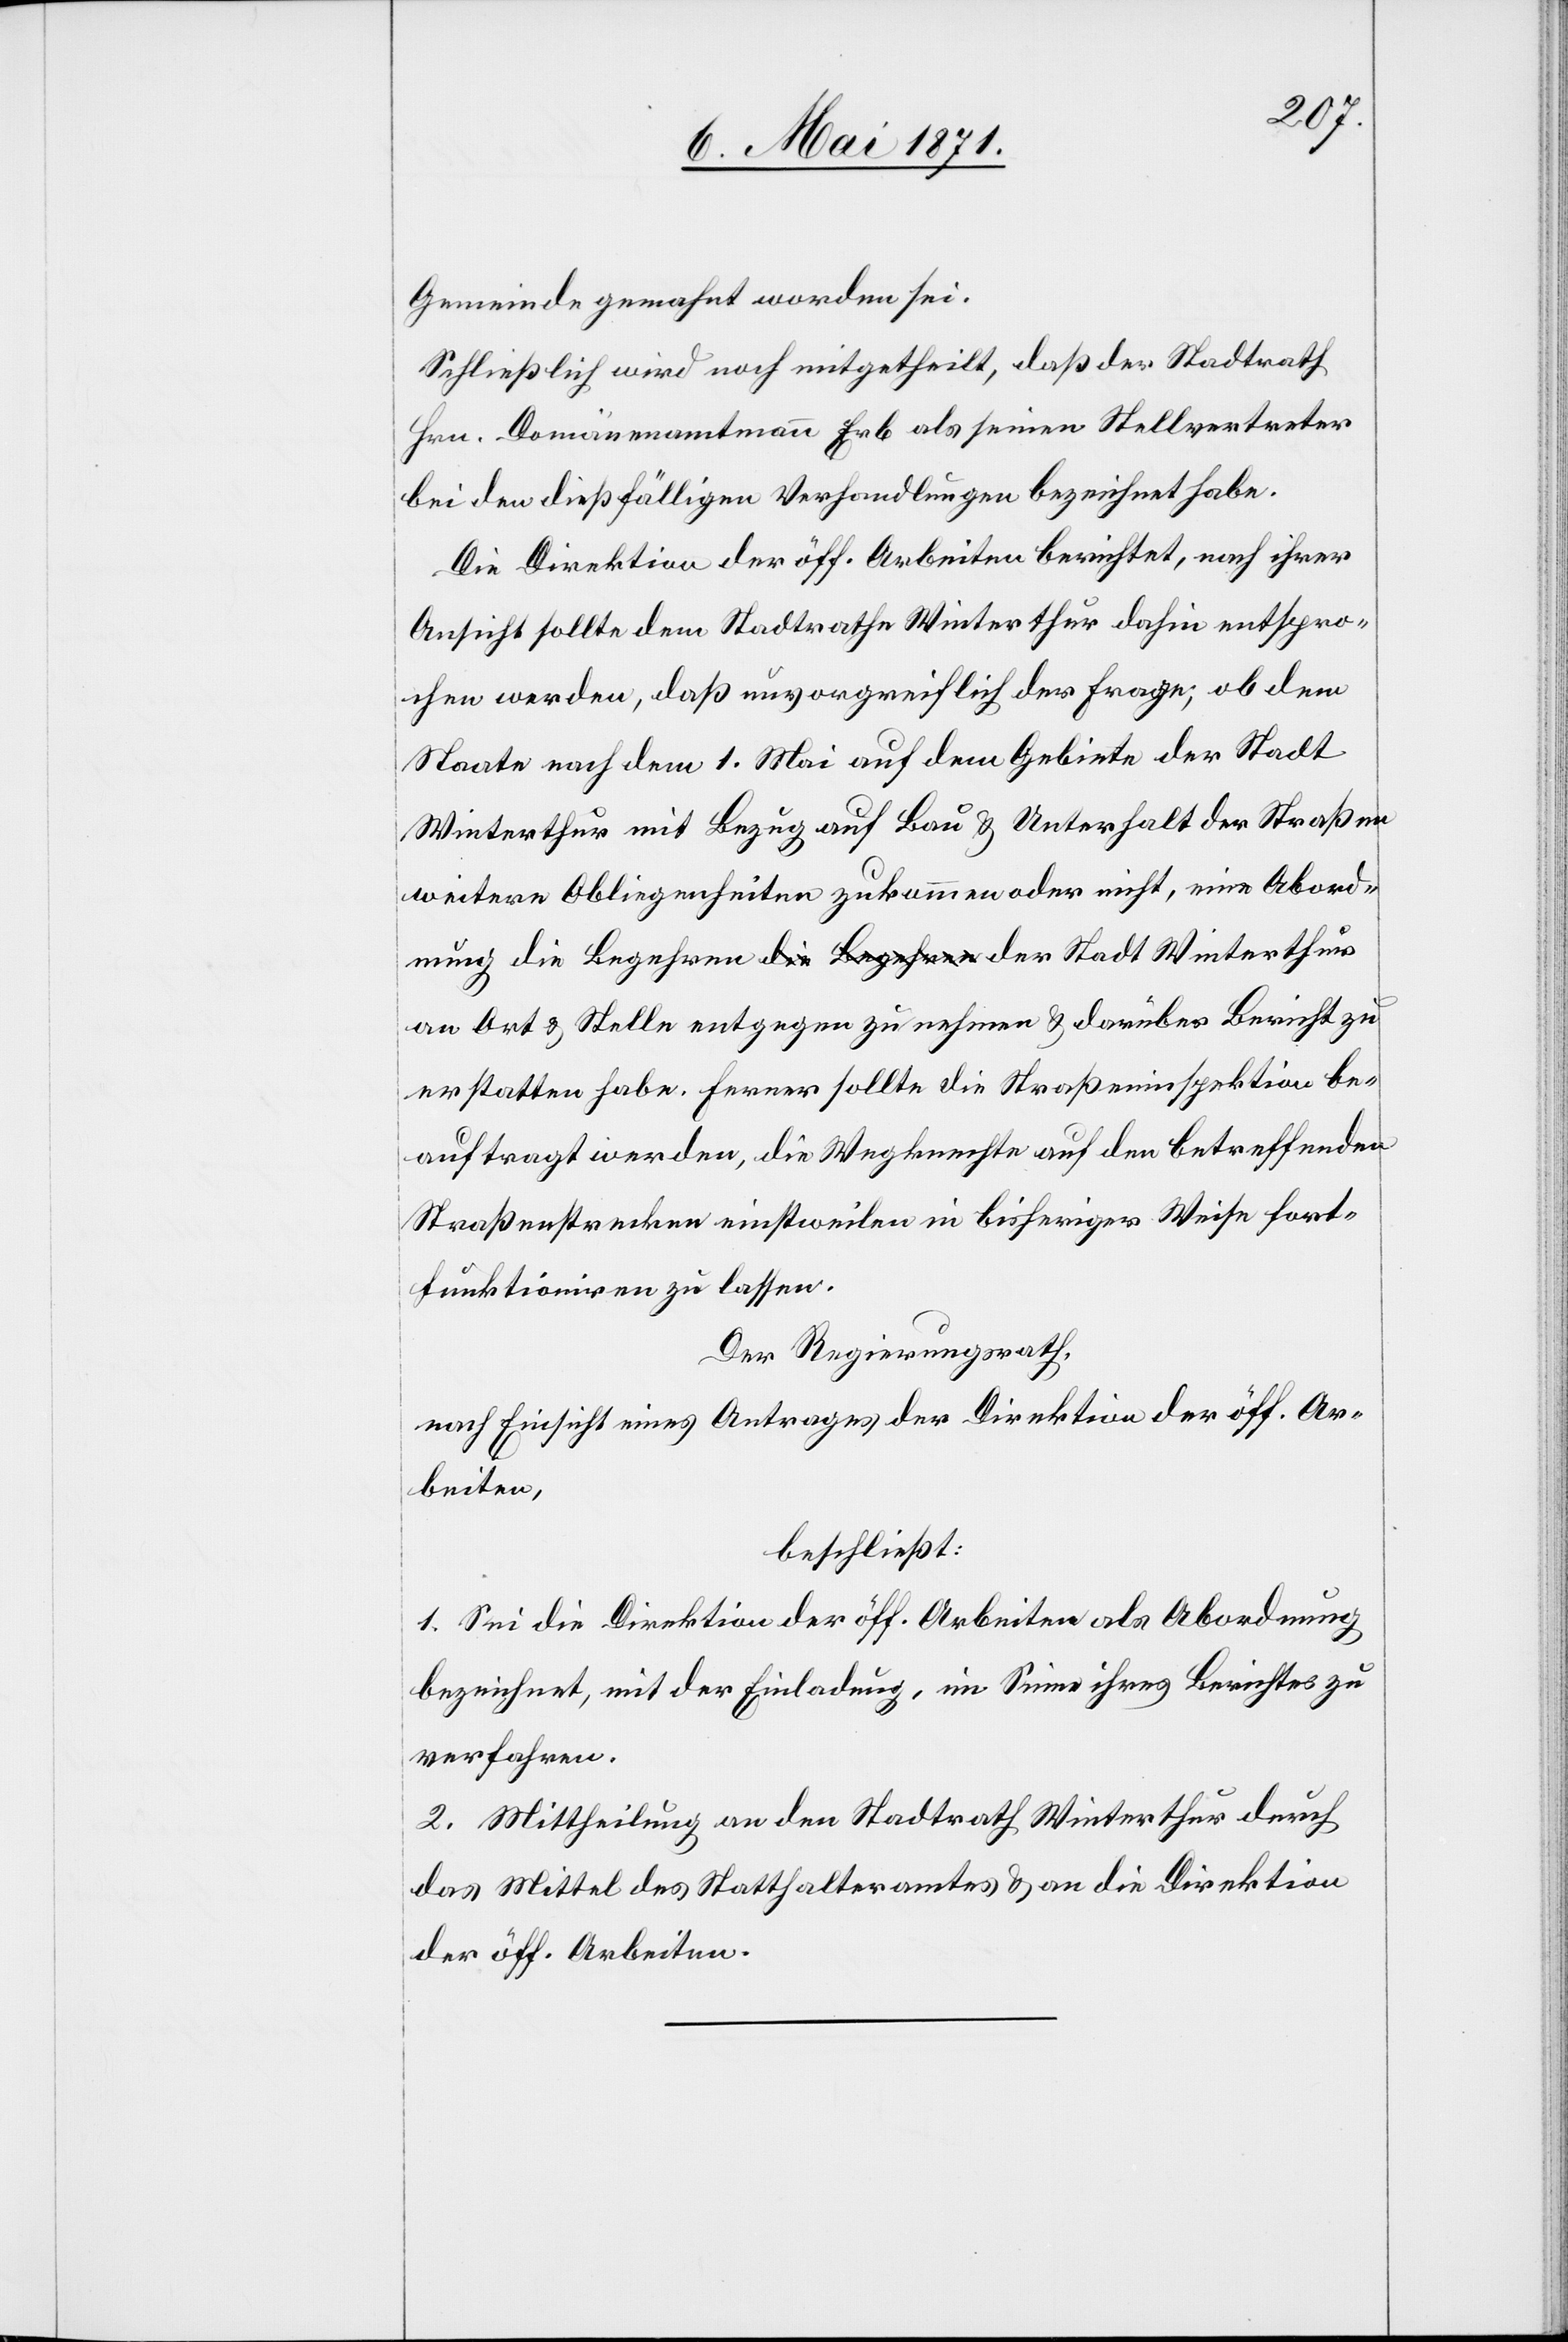
Gemeinde gemahnt worden sei.
Schließlich wird noch mitgetheilt, daß der Stadtrath
Hrn. Domänenamtmann Erb als seinen Stellvertreter
bei den dießfälligen Verhandlungen bezeichnet habe.
Die Direktion der öff. Arbeiten berichtet, nach ihrer
Ansicht sollte dem Stadtrathe Winterthur dahin entspro¬
chen werden, daß unvorgreiflich der Frage, ob dem
Staate nach dem 1. Mai auf dem Gebiete der Stadt
Winterthur mit Bezug auf Bau u. Unterhalt der Straßen
weitere Obliegenheiten zukommen oder nicht, eine Abord¬
nung die Begehren der Stadt Winterthur an Ort u.
erstatten habe. Ferner sollte die Straßeninspektion be¬
auftragt werden, die Wegknechte auf den betreffenden
Straßenstrecken einstweilen in bisheriger Weise fort¬
funktioniren zu lassen.
Der Regierungsrath,
nach Einsicht eines Antrages der Direktion der öff. Ar¬
beiten,
beschließt:
1. Sei die Direktion der öff. Arbeiten als Abordnung
bezeichnet, mit der Einladung, im Sinne ihres Berichtes zu
verfahren.
2. Mittheilung an den Stadtrath Winterthur durch
das Mittel des Statthalteramtes u. an die Direktion
der öff. Arbeiten.